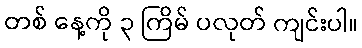
တစ် နေ့ကို ၃ ကြိမ် ပလုတ် ကျင်းပါ။